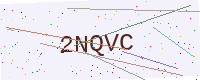
Text: 2NQVC